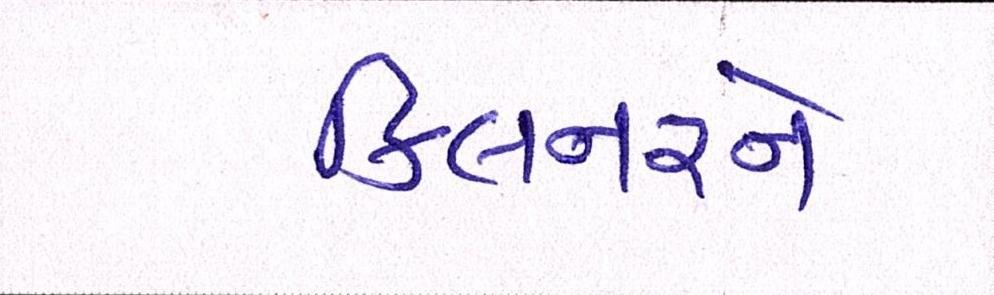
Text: કિલનરને